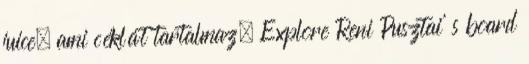
juice, ami céklát tartalmaz. Explore Reni Pusztai' s board